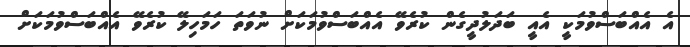
އެ އެއްބަސްވުމަކީ އެއީ ބަދަލުދީގެން ކުރެވޭ އެއްބަސްވުމަކަށް ނުވަތަ ހަމަހިލޭ ކުރެވޭ އެއްބަސްވުމަކަށް